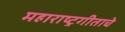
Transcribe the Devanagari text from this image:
महाराष्ट्रगीताचे